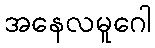
အနေလမူဂေါ